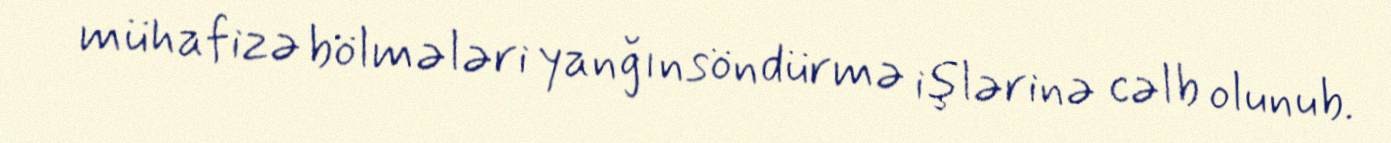
mühafizə bölmələri yanğınsöndürmə işlərinə cəlb olunub.